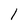
Character: e